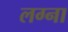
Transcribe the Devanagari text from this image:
लग्ना